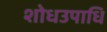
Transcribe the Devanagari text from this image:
शोधउपाधि